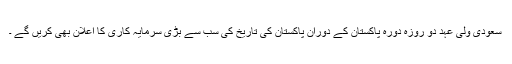
سعودی ولی عہد دو روزہ دورہ پاکستان کے دوران پاکستان کی تاریخ کی سب سے بڑی سرمایہ کاری کا اعلان بھی کریں گے ۔